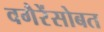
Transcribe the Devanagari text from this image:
वगैरेंसोबत